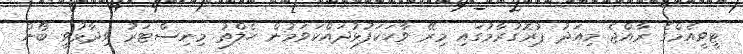
ޓީވީއެމްގެ ރާއްޖެ މިއަދު ޕުރޮގުރާމުގައި މިރޭ ވާހަކަފުޅުދައްކަވަމުން ހެލްތު މިނިސްޓަރު ވިދާޅުވީ ބޯން